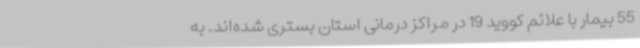
55 بیمار با علائم کووید 19 در مراکز درمانی استان بستری شده‌اند. به